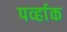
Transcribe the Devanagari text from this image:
पर्व्हाक